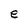
Character: e